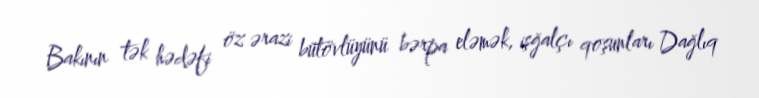
Bakının tək hədəfi öz ərazi bütövlüyünü bərpa eləmək, işğalçı qoşunları Dağlıq